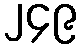
၂၄၉